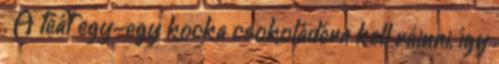
. A teát egy-egy kocka csokoládéra kell ráinni, így